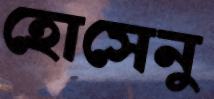
হোসেনু